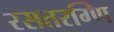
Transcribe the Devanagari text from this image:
रसतरग्णि